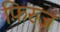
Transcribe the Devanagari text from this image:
फ़िरुज